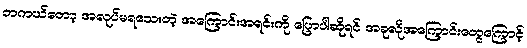
တကယ်တော့ အလုပ်မရသေးတဲ့ အကြောင်းအရင်းကို ပြောပါဆိုရင် အခုလိုအကြောင်းတွေကြောင့်